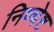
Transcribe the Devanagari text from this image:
निष्चेष्ट